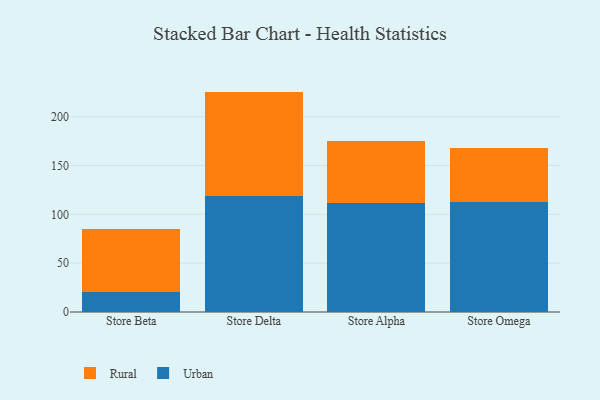
{"axis": {"x": "Store", "y": "Tickets Resolved"}, "legend": ["Rural", "Urban"], "data": [{"x": "Store Beta", "y": 20.6, "type": "Urban"}, {"x": "Store Beta", "y": 64.7, "type": "Rural"}, {"x": "Store Delta", "y": 119.0, "type": "Urban"}, {"x": "Store Delta", "y": 106.6, "type": "Rural"}, {"x": "Store Alpha", "y": 111.9, "type": "Urban"}, {"x": "Store Alpha", "y": 63.3, "type": "Rural"}, {"x": "Store Omega", "y": 112.7, "type": "Urban"}, {"x": "Store Omega", "y": 55.6, "type": "Rural"}]}